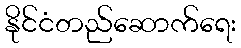
နိုင်ငံတည်ဆောက်ရေး